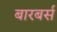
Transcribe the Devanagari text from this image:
बारबर्स